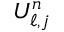
U _ { \ell , j } ^ { n }